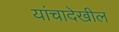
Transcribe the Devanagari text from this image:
यांचादेखील